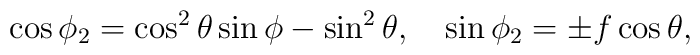
\cos{\phi_2}=\cos^2{\theta}\sin{\phi}  -\sin^2{\theta}, \quad \sin{\phi_2}=\pm f\cos{\theta},